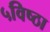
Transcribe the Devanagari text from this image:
५विष्ठा